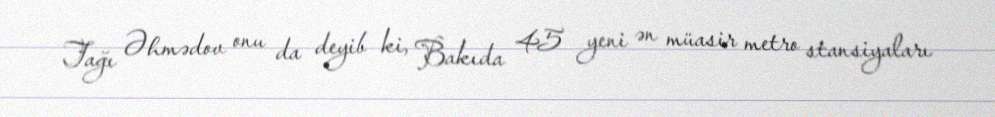
Tağı Əhmədov onu da deyib ki, Bakıda 45 yeni ən müasir metro stansiyaları